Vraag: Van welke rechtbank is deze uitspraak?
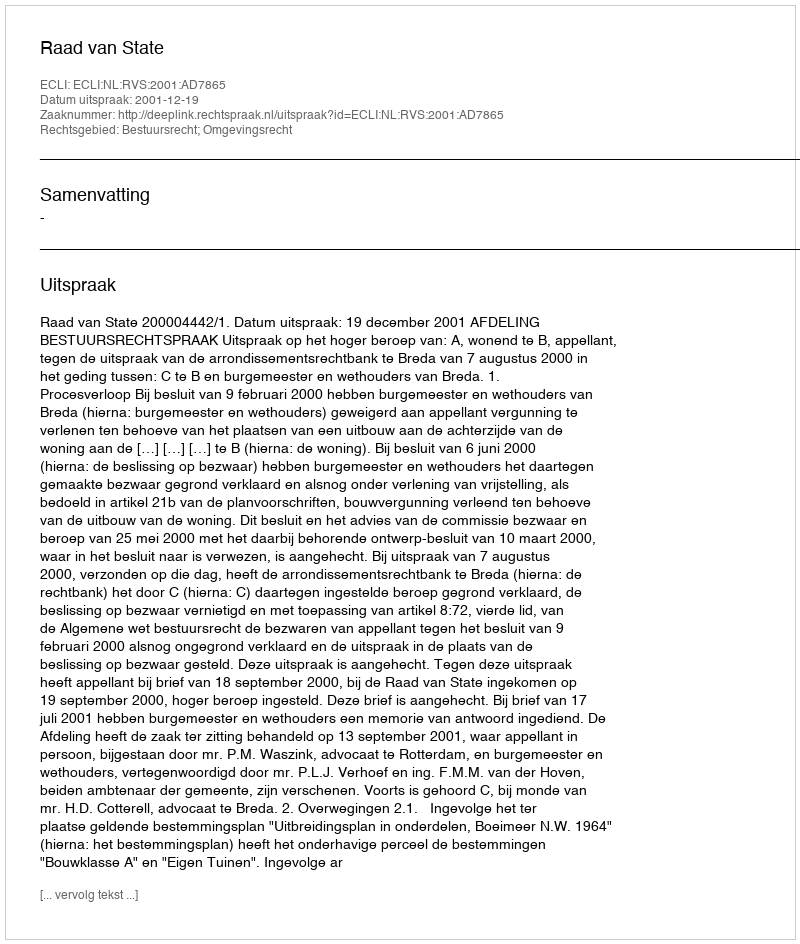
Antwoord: Raad van State